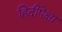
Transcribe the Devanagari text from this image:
हिंदीपेक्षा